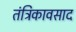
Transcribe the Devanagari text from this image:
तंत्रिकावसाद